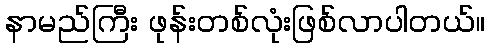
နာမည်ကြီး ဖုန်းတစ်လုံးဖြစ်လာပါတယ်။